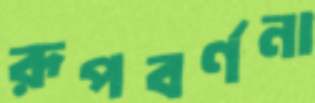
রূপবর্ণনা